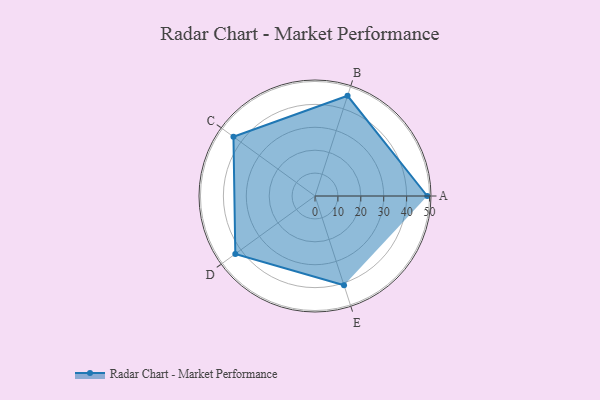
{"axis": {"x": "Skill", "y": "Score"}, "legend": ["Profile"], "data": [{"x": "A", "y": 49.0, "type": "Profile"}, {"x": "B", "y": 46.0, "type": "Profile"}, {"x": "C", "y": 44.0, "type": "Profile"}, {"x": "D", "y": 43.0, "type": "Profile"}, {"x": "E", "y": 41.0, "type": "Profile"}]}